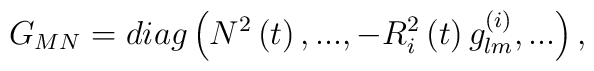
G_{MN}=diag\left( N^2\left( t\right) ,...,-R_i^2\left( t\right)g_{lm}^{(i)},...\right) ,